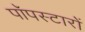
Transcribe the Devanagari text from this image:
पॉपस्टारों